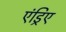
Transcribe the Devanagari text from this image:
एंड्रिए